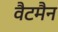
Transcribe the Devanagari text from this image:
वैटमैन